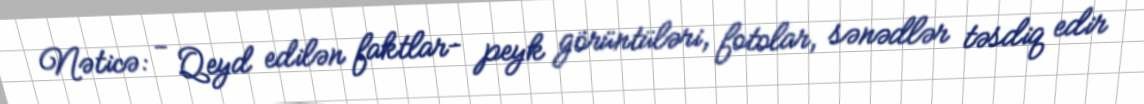
Nəticə: - Qeyd edilən faktlar- peyk görüntüləri, fotolar, sənədlər təsdiq edir